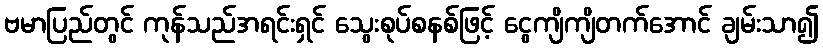
ဗမာပြည်တွင် ကုန်သည်အရင်းရှင် သွေးစုပ်စနစ်ဖြင့် ငွေကျိကျိတက်အောင် ချမ်းသာ၍